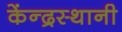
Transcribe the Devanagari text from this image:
केंन्द्रस्थानी